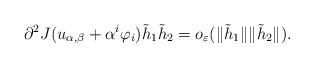
LaTeX: \begin{align*}\partial^{2} J(u_{\alpha, \beta} +\alpha^{i}\varphi_{i})\tilde h_{1} \tilde h_{2}=o_{\varepsilon}(\Vert \tilde h_{1}\Vert\Vert \tilde h_{2}\Vert).\end{align*}